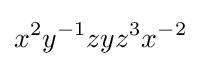
x^{2}y^{-1}zyz^{3}x^{-2}